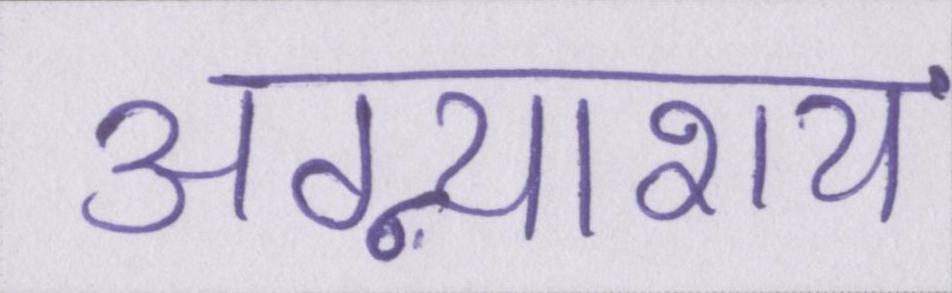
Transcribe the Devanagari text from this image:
अग्न्याशय